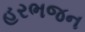
હરભજન